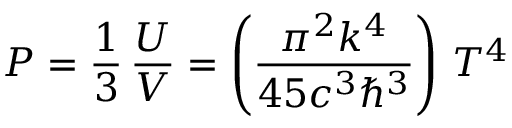
P = { \frac { 1 } { 3 } } \, { \frac { U } { V } } = \left( { \frac { \pi ^ { 2 } k ^ { 4 } } { 4 5 c ^ { 3 } \hbar ^ { 3 } } } \right) \, T ^ { 4 }